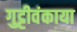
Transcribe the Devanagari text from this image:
गुट्टीवंकाया